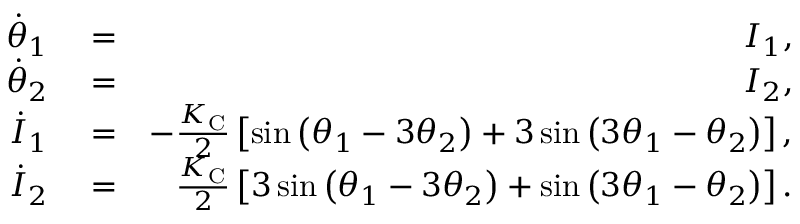
\begin{array} { r l r } { \dot { \theta } _ { 1 } } & { { } = } & { I _ { 1 } , } \\ { \dot { \theta } _ { 2 } } & { { } = } & { I _ { 2 } , } \\ { \dot { I } _ { 1 } } & { { } = } & { - \frac { K _ { \mathrm { C } } } { 2 } \left[ \sin \left( \theta _ { 1 } - 3 \theta _ { 2 } \right) + 3 \sin \left( 3 \theta _ { 1 } - \theta _ { 2 } \right) \right] , } \\ { \dot { I } _ { 2 } } & { { } = } & { \frac { K _ { \mathrm { C } } } { 2 } \left[ 3 \sin \left( \theta _ { 1 } - 3 \theta _ { 2 } \right) + \sin \left( 3 \theta _ { 1 } - \theta _ { 2 } \right) \right] . } \end{array}